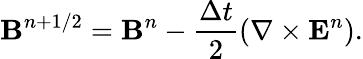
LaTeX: {\mathbf B}^{n+1/2}={\mathbf B}^{n}-\frac{\Delta t}{2}(\nabla\times{\mathbf E}^{n}).